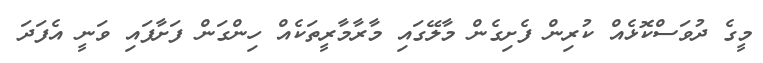
މީގެ ދުވަސްކޮޅެއް ކުރިން ފެށިގެން މާލޭގައި މާރާމާރީތަކެއް ހިންގަން ފަށާފައި ވަނީ އެފަދަ